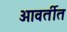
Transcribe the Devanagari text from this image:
आवर्तीत